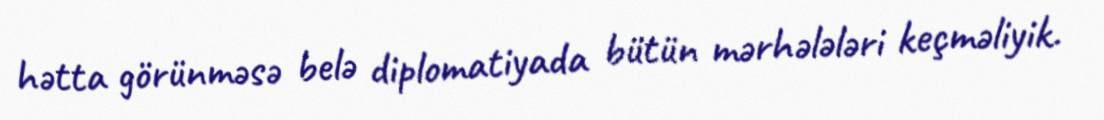
hətta görünməsə belə diplomatiyada bütün mərhələləri keçməliyik.